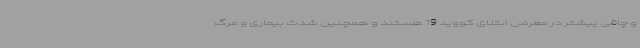
و چاقی ییشتر در معرض ابتلای کووید 19 هستند و همچنین شدت بیماری و مرگ